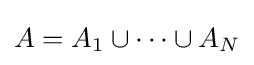
A=A_{1}\cup \cdots \cup A_{N}